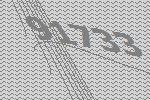
91733